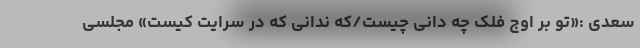
سعدی :«تو بر اوج فلک چه دانى چیست/که ندانى که در سرایت کیست» مجلسی